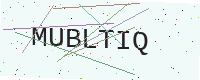
Text: MUBLTIQ